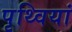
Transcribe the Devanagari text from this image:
पृथ्वियां